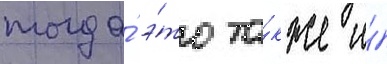
тогда́ э́то та́кже и́